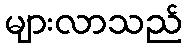
များလာသည်